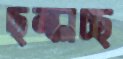
ছল্‌কাচ্ছ